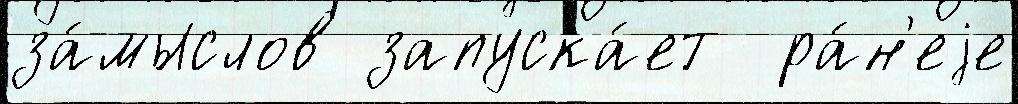
за́мыслов запуска́ет  ра́н'еjе